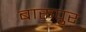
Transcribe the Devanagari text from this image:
बारूपुर